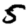
Digit: 5